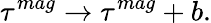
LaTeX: \tau^{mag}\rightarrow\tau^{mag}+b.